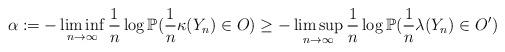
LaTeX: \begin{align*}\alpha:=-\liminf_{n \to \infty} \frac{1}{n}\log \mathbb{P}(\frac{1}{n}\kappa(Y_{n}) \in O) \geq - \limsup_{n \to \infty} \frac{1}{n} \log \mathbb{P}(\frac{1}{n}\lambda(Y_{n}) \in O')\end{align*}